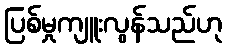
ပြစ်မှုကျူးလွန်သည်ဟု